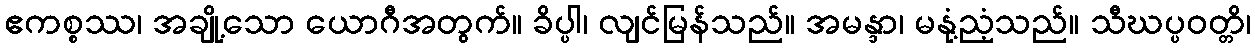
ဧကစ္စဿ၊ အချို့သော ယောဂီအတွက်။ ခိပ္ပါ၊ လျင်မြန်သည်။ အမန္ဒာ၊ မနုံ့ညံ့သည်။ သီဃပ္ပဝတ္တိ၊